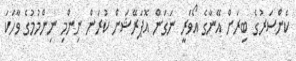
ކެންސަރުގެ ބިރަށް އޭނާގެ އޯވަރީ ނަގަން އޮޕަރޭޝަން ކުރަން ނިންމި ނިންމުމުގެ ވާހަކަ